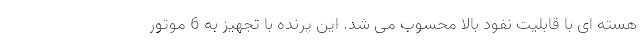
هسته ای با قابلیت نفود بالا محسوب می شد. این پرنده با تجهیز به 6 موتور